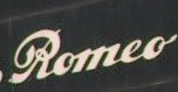
Romeo